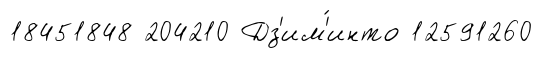
18451848 204210 Дз'им'́инто 12591260